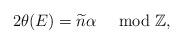
LaTeX: \begin{align*} 2\theta(E)=\widetilde{n}\alpha\ \mod{\mathbb{Z}},\end{align*}